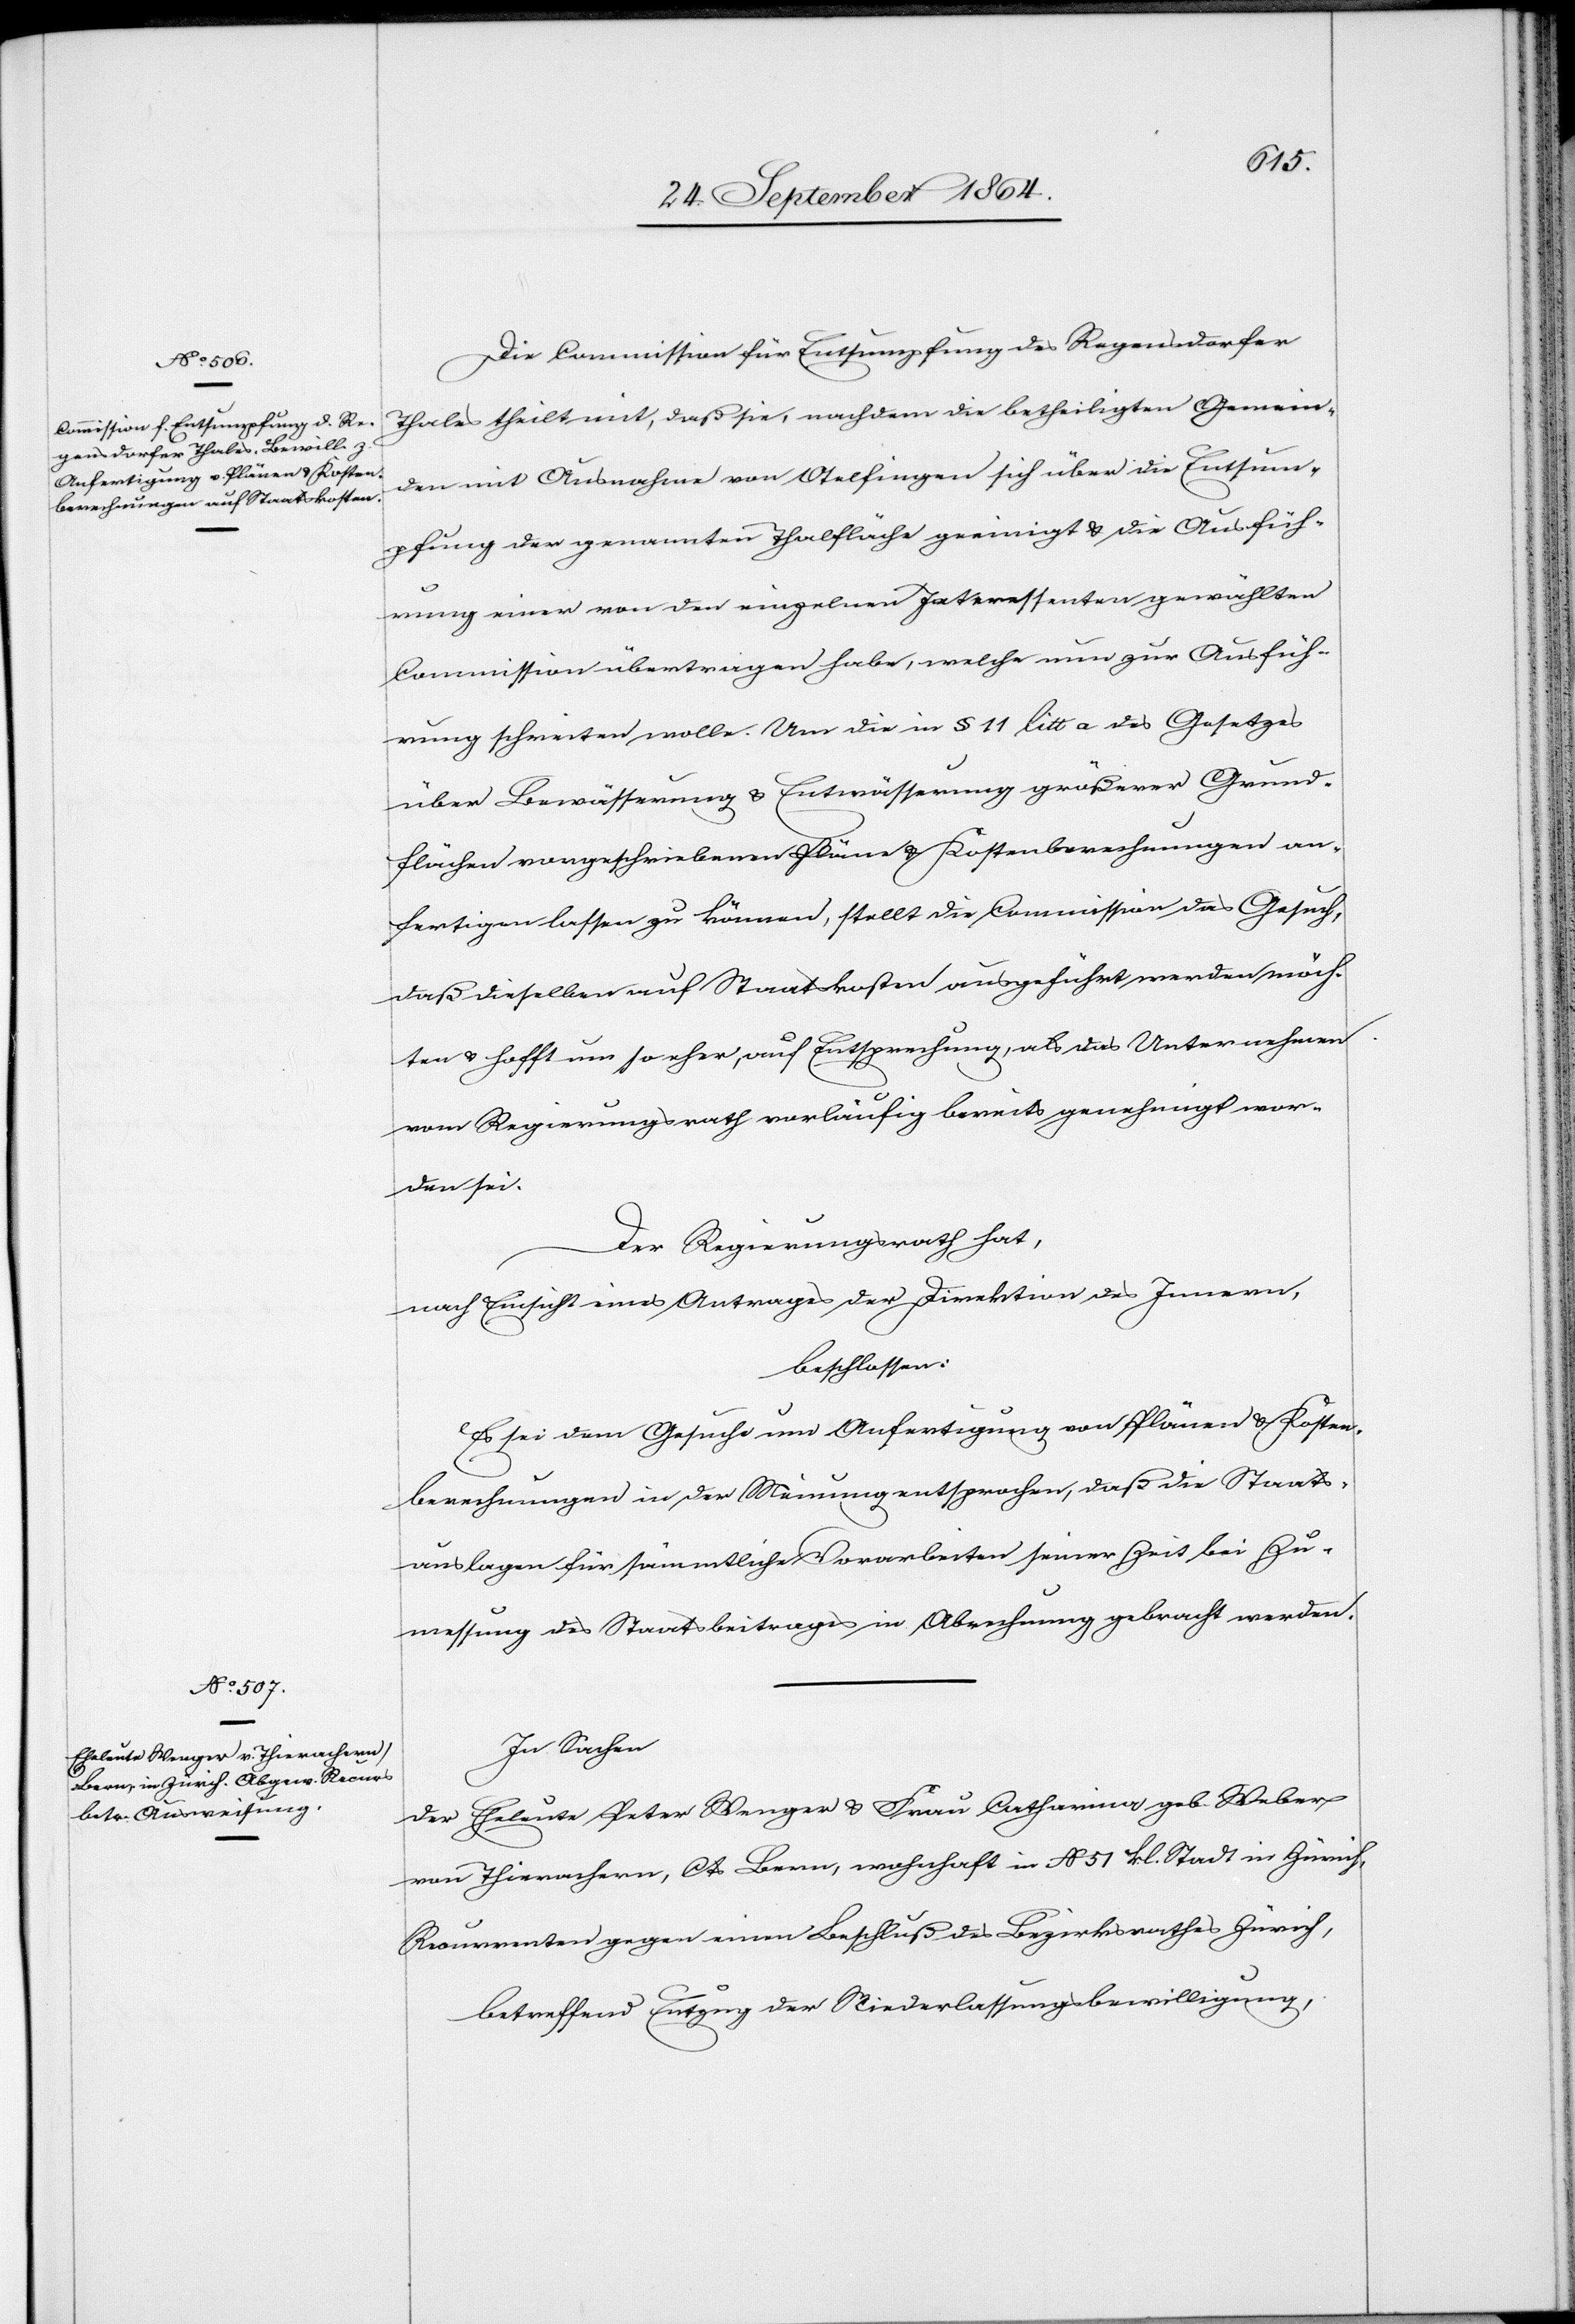
Die Commission für Entsumpfung des Regensdorfer
Thales theilt mit, daß sie, nachdem die betheiligten Gemein¬
den mit Ausnahme von Otelfingen sich über die Entsum¬
pfung der genannten Thalfläche geeinigt & die Ausfüh¬
rung einer von den einzelnen Interessenten gewählten
Commission übertragen habe, welche nun zur Ausfüh¬
rung schreiten wolle. Um die in § 11 litt a des Gesetzes
über Bewässerung & Entwässerung größerer Grund¬
flächen vorgeschriebenen Pläne & Kostenberechnungen an¬
fertigen lassen zu können, stellt die Commission das Gesuch,
daß dieselben auf Staatskosten ausgeführt werden möch¬
ten & hofft um so eher, auf Entsprechung, als das Unternehmen
vom Regierungsrath vorläufig bereits genehmigt wor¬
den sei.
Der Regierungsrath hat,
nach Einsicht eines Antrages der Direktion des Innern,
beschlossen:
Es sei dem Gesuche um Anfertigung von Plänen & Kosten¬
berechnungen in der Meinung entsprochen, daß die Staats¬
auslagen für sämmtliche Vorarbeiten seiner Zeit bei Zu¬
messung des Staatsbeitrages in Abrechnung gebracht werden.
In Sachen
der Eheleute Peter Wenger & Frau Catharina geb. Weber
von Thierachern, Cts. Bern, wohnhaft in N. 51 kl. Stadt in Zürich,
Recurrenten gegen einen Beschluß des Bezirksrathes Zürich,
betreffend Entzug der Niederlassungsbewilligung,